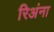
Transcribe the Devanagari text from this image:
रिअंना